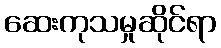
ဆေးကုသမှုဆိုင်ရာ